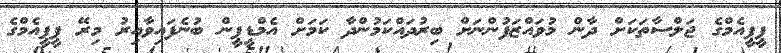
ޕީޕީއެމްގެ ޖަލްސާތަކަށް ދާން މުވައްޒަފުންނަށް ބިރުދައްކަމުންދާ ކަމަށް އެމްޑީޕީން ބުނެފައިވާއިރު މިރޭ ޕީޕީއެމްގެ